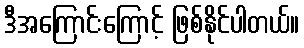
ဒီအကြောင်းကြောင့် ဖြစ်နိုင်ပါတယ်။